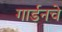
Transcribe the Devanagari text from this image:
गार्डनचे